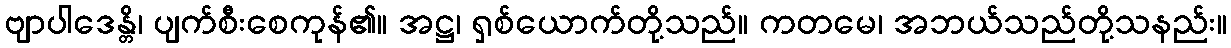
ဗျာပါဒေန္တိ၊ ပျက်စီးစေကုန်၏။ အဋ္ဌ၊ ရှစ်ယောက်တို့သည်။ ကတမေ၊ အဘယ်သည်တို့သနည်း။